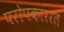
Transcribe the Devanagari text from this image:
परोपकाररत